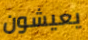
يعيشون